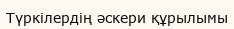
Түркілердің әскери құрылымы